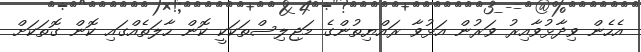
އެހެން ވިދާޅުވާއިރު ވަރުން އަޅުވާ ރައްޔިތުންގެ މަޖިލިސްތަކަކީ ކޮން ހާލަތެއްގައި ކޮން ގޮތަކަށް